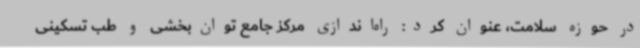
در حوزه سلامت، عنوان کرد: راه‌اندازی مرکز جامع توان‌بخشی و طب تسکینی